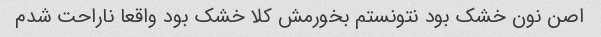
اصن نون خشک بود نتونستم بخورمش کلا خشک بود واقعا ناراحت شدم